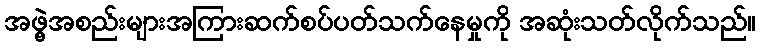
အဖွဲ့အစည်းများအကြားဆက်စပ်ပတ်သက်နေမှုကို အဆုံးသတ်လိုက်သည်။